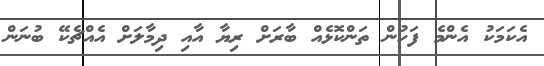
އެކަމަކު އެންމެ ފަހުން ތަންކޮޅެއް ބާރަށް ރިޔާ އާއި ދިމާލަށް އެއްޗެކޭ ބުނަން